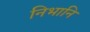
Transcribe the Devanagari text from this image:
निभानि